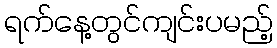
ရက်နေ့တွင်ကျင်းပမည့်